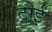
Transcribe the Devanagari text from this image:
ट्रोई